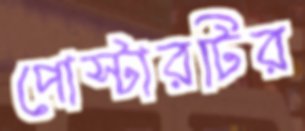
পোস্টারটির